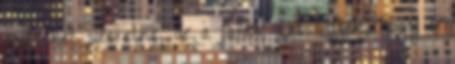
gyereket szeretne, de a fanok azt hitték, hogy 6